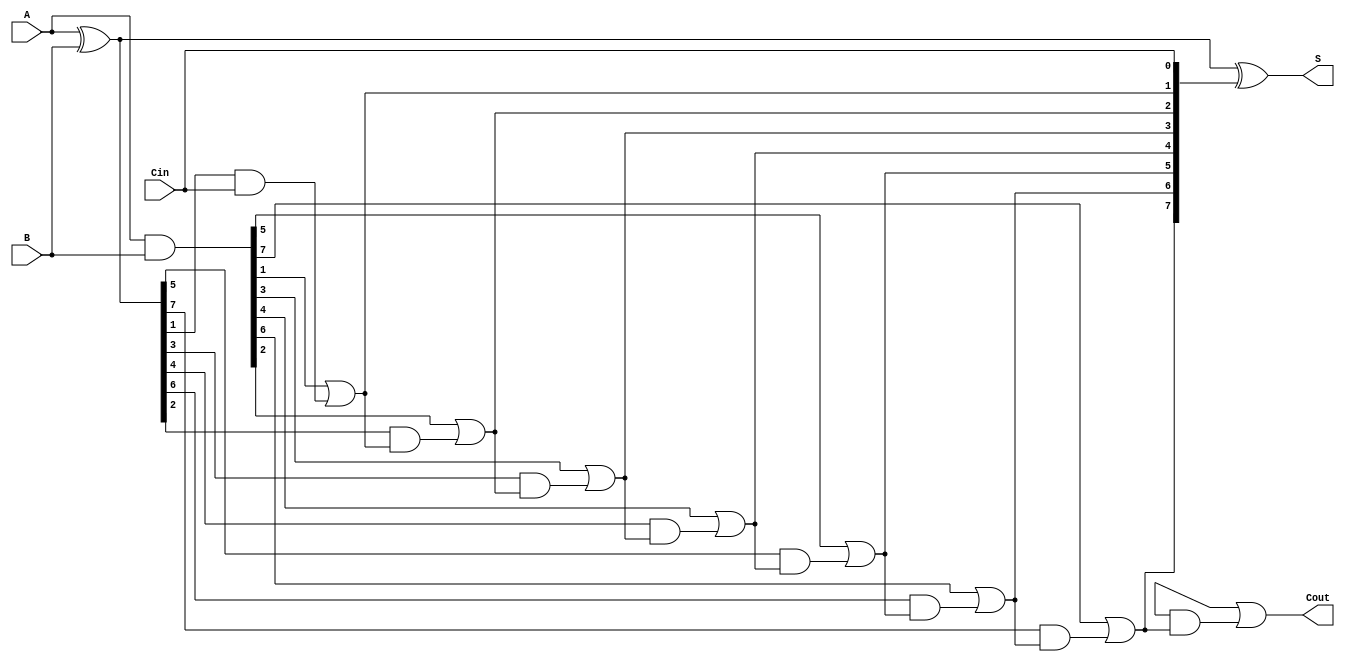
module BrentKungAdder #(parameter N = 8) (
    input  [N-1:0] A,      // First n-bit input
    input  [N-1:0] B,      // Second n-bit input
    input         Cin,      // Carry-in
    output [N-1:0] S,      // n-bit sum output
    output        Cout      // Carry-out output
);

    // Generate and propagate signals
    wire [N-1:0] G; // Generate signals
    wire [N-1:0] P; // Propagate signals
    wire [N:0] C;   // Carry signals (C[0] = Cin)

    // Level 0: Compute G and P
    assign G = A & B;          // Generate
    assign P = A ^ B;          // Propagate
    assign C[0] = Cin;         // Initial carry-in

    // Level 1: Compute carry signals
    genvar i;
    generate
        for (i = 0; i < N/2; i = i + 1) begin : level1
            assign C[2*i + 1] = G[2*i + 1] | (P[2*i + 1] & C[2*i]);
            assign C[2*i + 2] = G[2*i + 2] | (P[2*i + 2] & C[2*i + 1]);
        end
    endgenerate

    // Level 2: Compute carry signals
    generate
        for (i = 0; i < N/4; i = i + 1) begin : level2
            assign C[4*i + 3] = G[4*i + 3] | (P[4*i + 3] & C[4*i + 2]);
            assign C[4*i + 4] = G[4*i + 4] | (P[4*i + 4] & C[4*i + 3]);
        end
    endgenerate

    // Level 3: Compute carry signals
    generate
        for (i = 0; i < N/8; i = i + 1) begin : level3
            assign C[8*i + 7] = G[8*i + 7] | (P[8*i + 7] & C[8*i + 6]);
            assign C[8*i + 8] = G[8*i + 8] | (P[8*i + 8] & C[8*i + 7]);
        end
    endgenerate

    // Final carry-out
    assign Cout = C[N];

    // Sum calculation
    assign S = P ^ C[N-1:0]; // Sum bits

endmodule